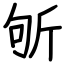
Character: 斪